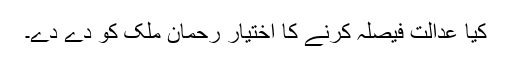
کیا عدالت فیصلہ کرنے کا اختیار رحمان ملک کو دے دے۔